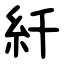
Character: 䊹